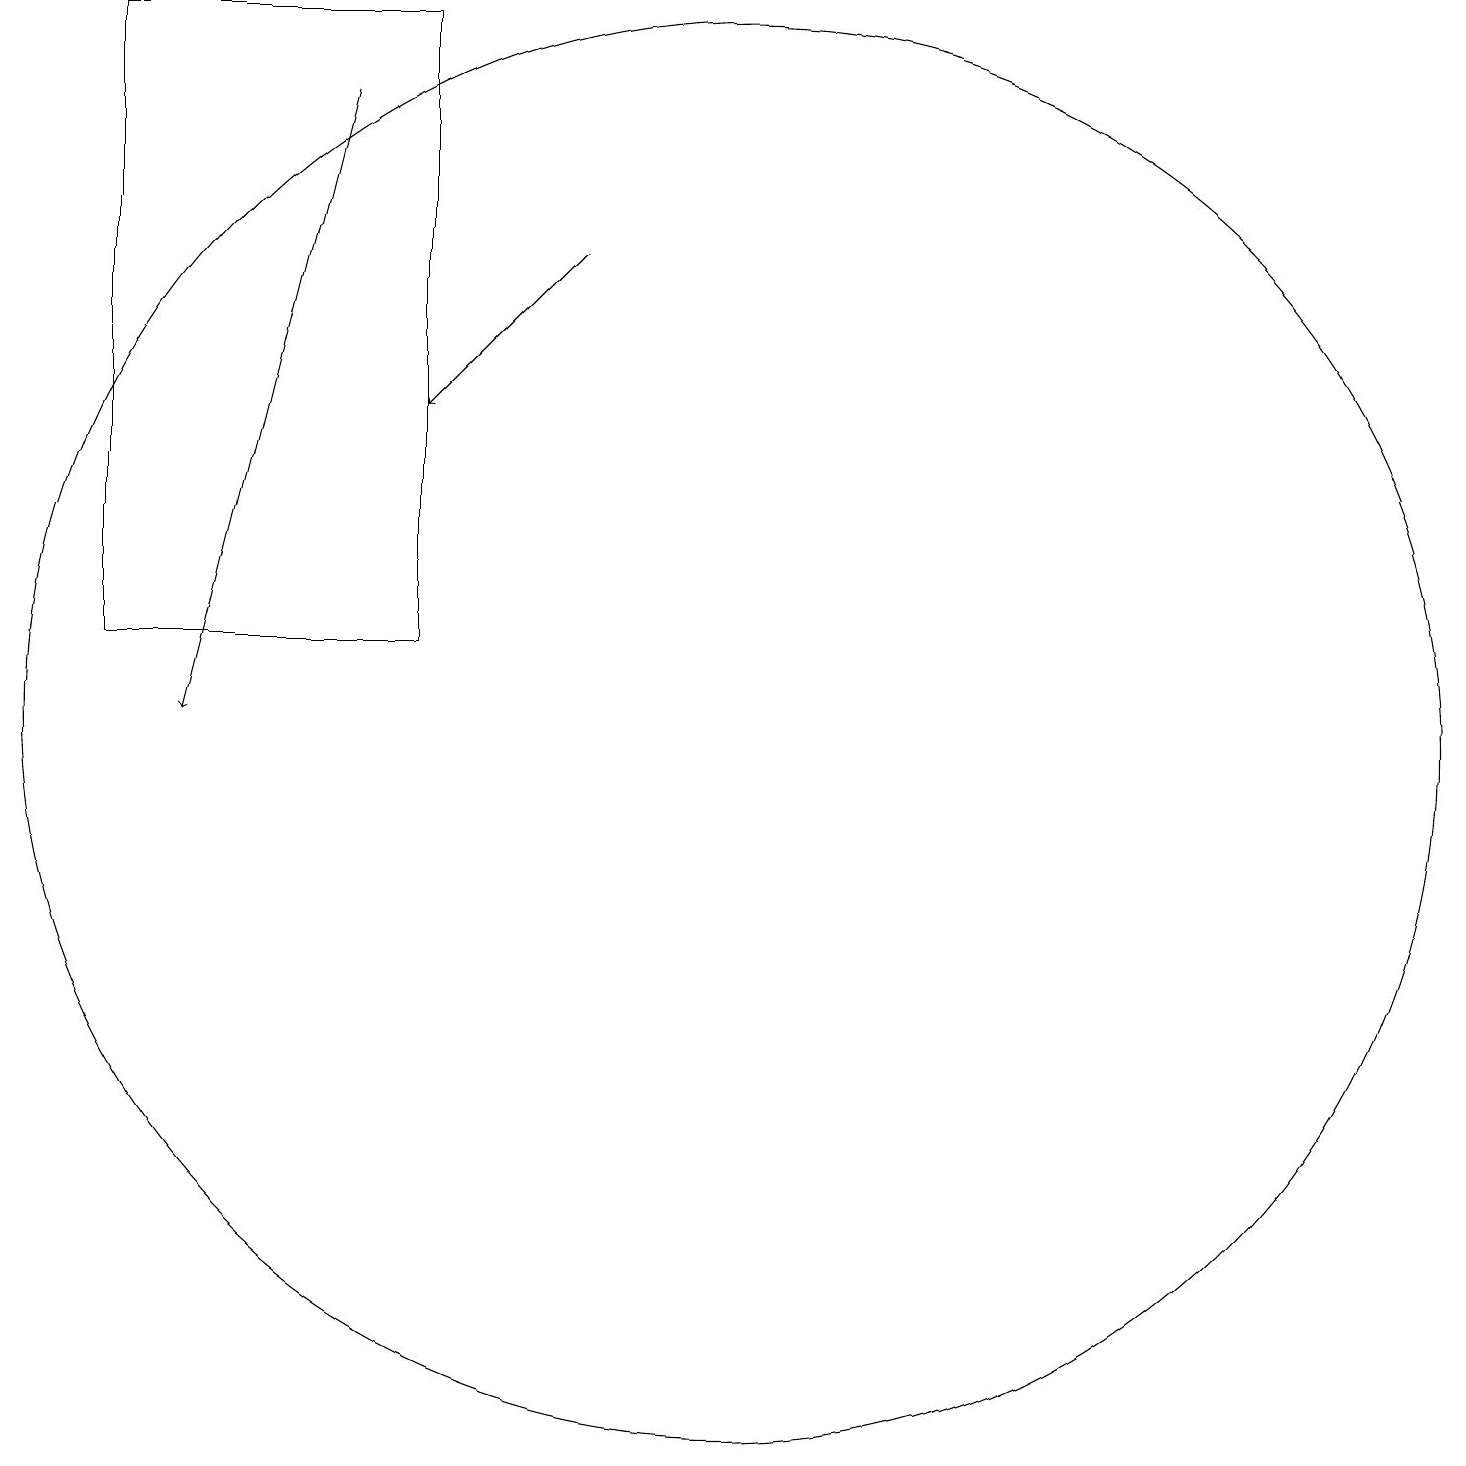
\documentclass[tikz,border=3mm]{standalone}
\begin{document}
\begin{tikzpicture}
\draw (2,19) rectangle (6,11);
\draw[->] (8,16) -- (6,14);
\draw (10,10) circle (9);
\draw[->] (5,18) -- (3,10);
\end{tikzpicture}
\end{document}